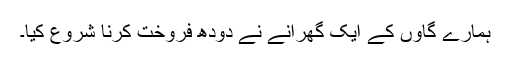
ہمارے گاؤں کے ایک گھرانے نے دودھ فروخت کرنا شروع کیا۔